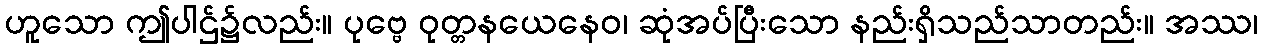
ဟူသော ဤပါဌ်၌လည်း။ ပုဗ္ဗေ ဝုတ္တနယေနေဝ၊ ဆုံအပ်ပြီးသော နည်းရှိသည်သာတည်း။ အဿ၊